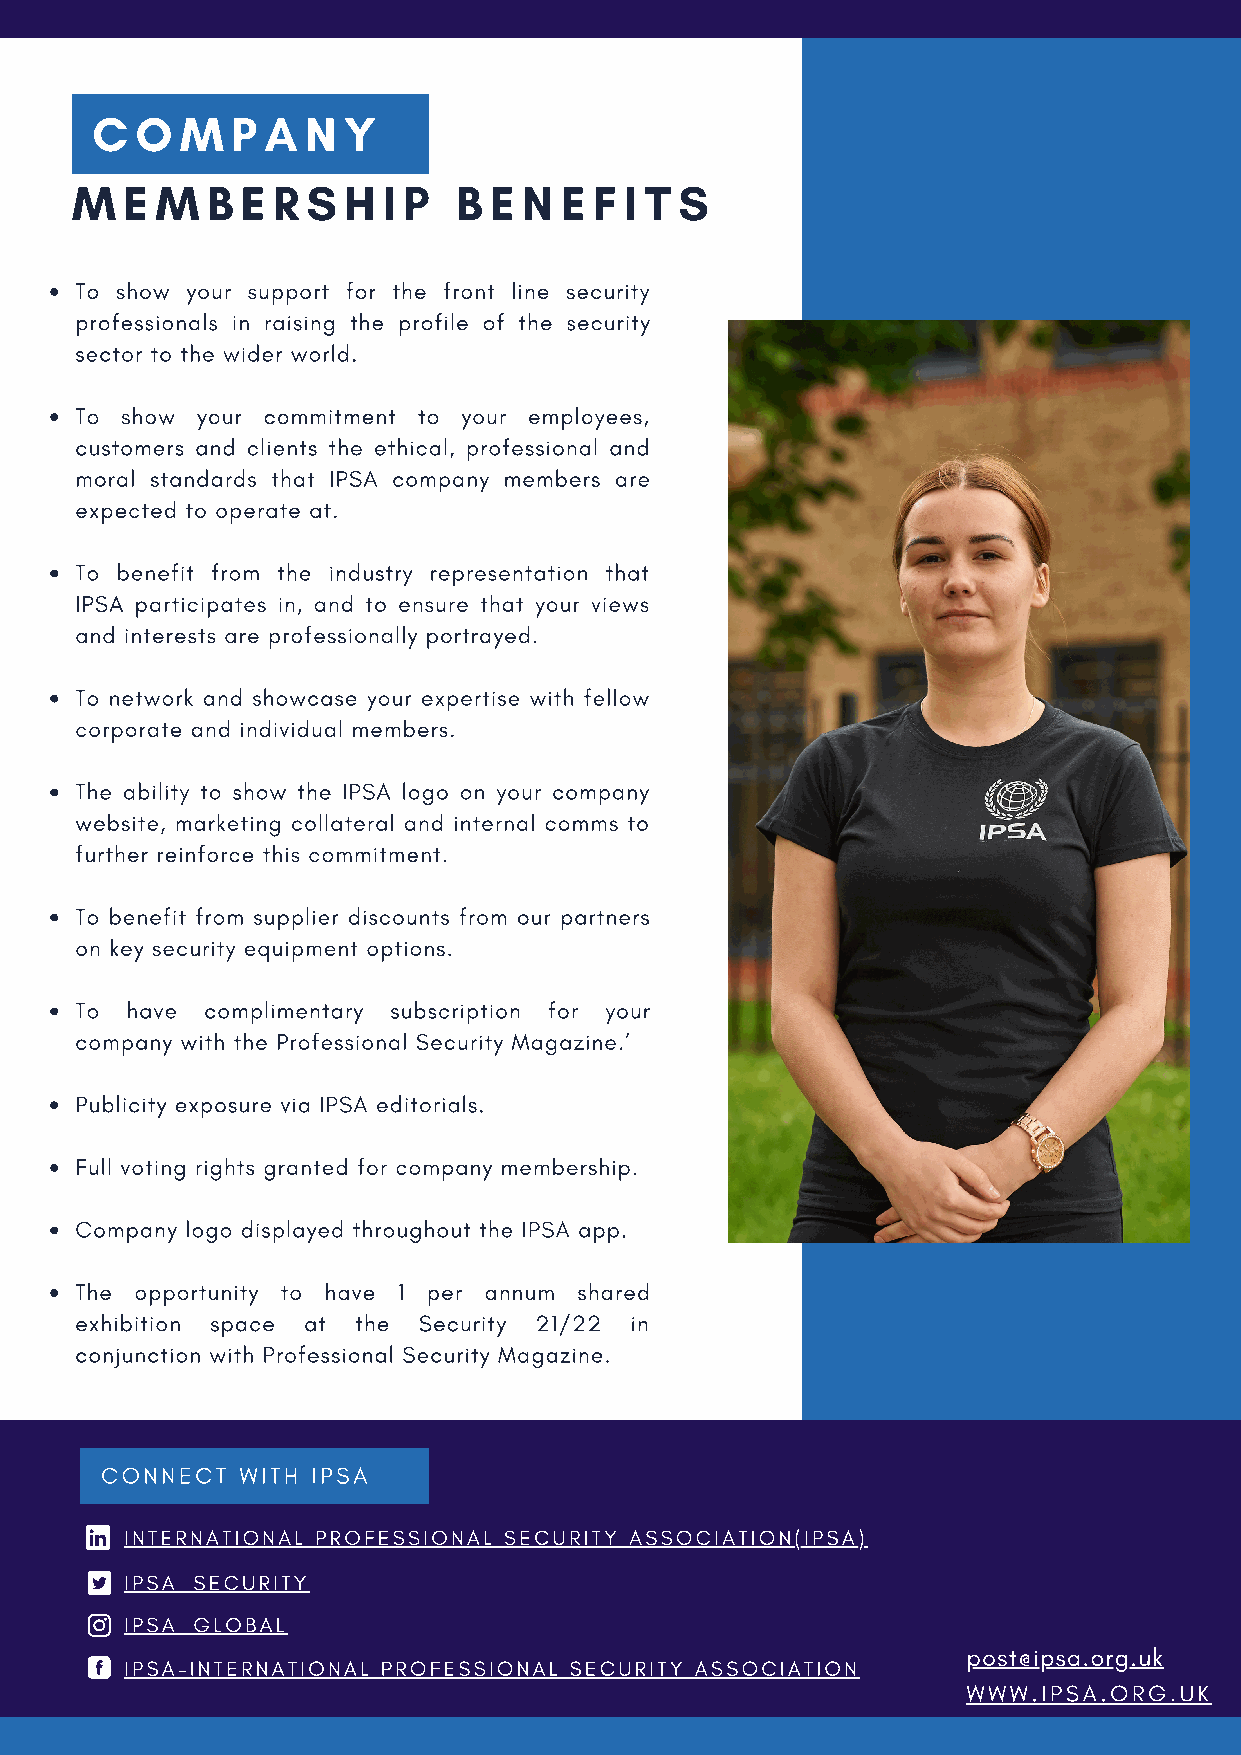
C  O  M  P A  N  Y
 M  E M   B E R S  H I P  B E  N E F I T S
 To show your support for the front line security
 professionals in raising the profile of the security
 sector to the wider world.
 To show your commitment to your employees,
 customers and clients the ethical, professional and
 moral standards that IPSA company members are
 expected to operate at.
 To benefit from the industry representation that
 IPSA participates in, and to ensure that your views
 and interests are professionally portrayed.
 To network and showcase your expertise with fellow
 corporate and individual members.
 The ability to show the IPSA logo on your company
 website, marketing collateral and internal comms to
 further reinforce this commitment.
 To benefit from supplier discounts from our partners
 on key security equipment options.
 To have  complimentary subscription for your
 company with the Professional Security Magazine.’
 Publicity exposure via IPSA editorials.
 Full voting rights granted for company membership.
 Company logo displayed throughout the IPSA app.
 The opportunity to have 1 per annum shared
 exhibition space at the Security 21/22 in
 conjunction with Professional Security Magazine.
 CONNECT  WITH IPSA
 INTERNATIONAL PROFESSIONAL SECURITY ASSOCIATION(IPSA)
 IPSA_SECURITY
 IPSA_GLOBAL
 post@ipsa.org.uk
 IPSA-INTERNATIONAL PROFESSIONAL SECURITY ASSOCIATION
 WWW.IPSA.ORG.UK